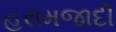
હરામજાદી